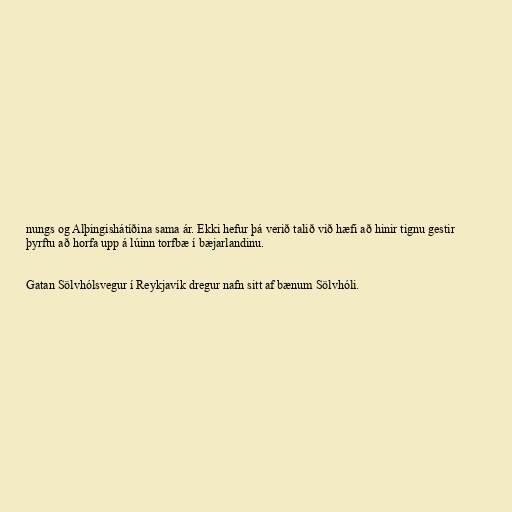
nungs og Alþingishátíðina sama ár. Ekki hefur þá verið talið við hæfi að hinir tignu gestir
þyrftu að horfa upp á lúinn torfbæ í bæjarlandinu.

Gatan Sölvhólsvegur í Reykjavík dregur nafn sitt af bænum Sölvhóli.